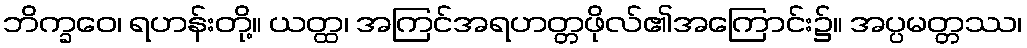
ဘိက္ခဝေ၊ ရဟန်းတို့။ ယတ္ထ၊ အကြင်အရဟတ္တဖိုလ်၏အကြောင်း၌။ အပ္ပမတ္တဿ၊